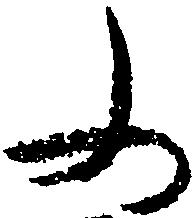
ふ